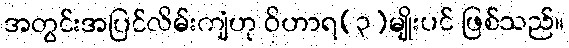
အတွင်းအပြင်လိမ်းကျံဟု ဝိဟာရ(၃)မျိုးပင် ဖြစ်သည်။